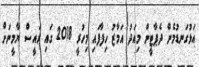
އަޅުގަނޑުމެން ދެޕާޓީން މިއަދު އަމާޒު ހިފާފައި މިހުރީ 2018 ގައި ރައީސް ޔާމީނަށް